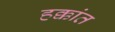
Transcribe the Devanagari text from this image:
हक्कांत